65_HS1-834228961_62-HQ-83894_Section_3
Agency: FBI
Page 4
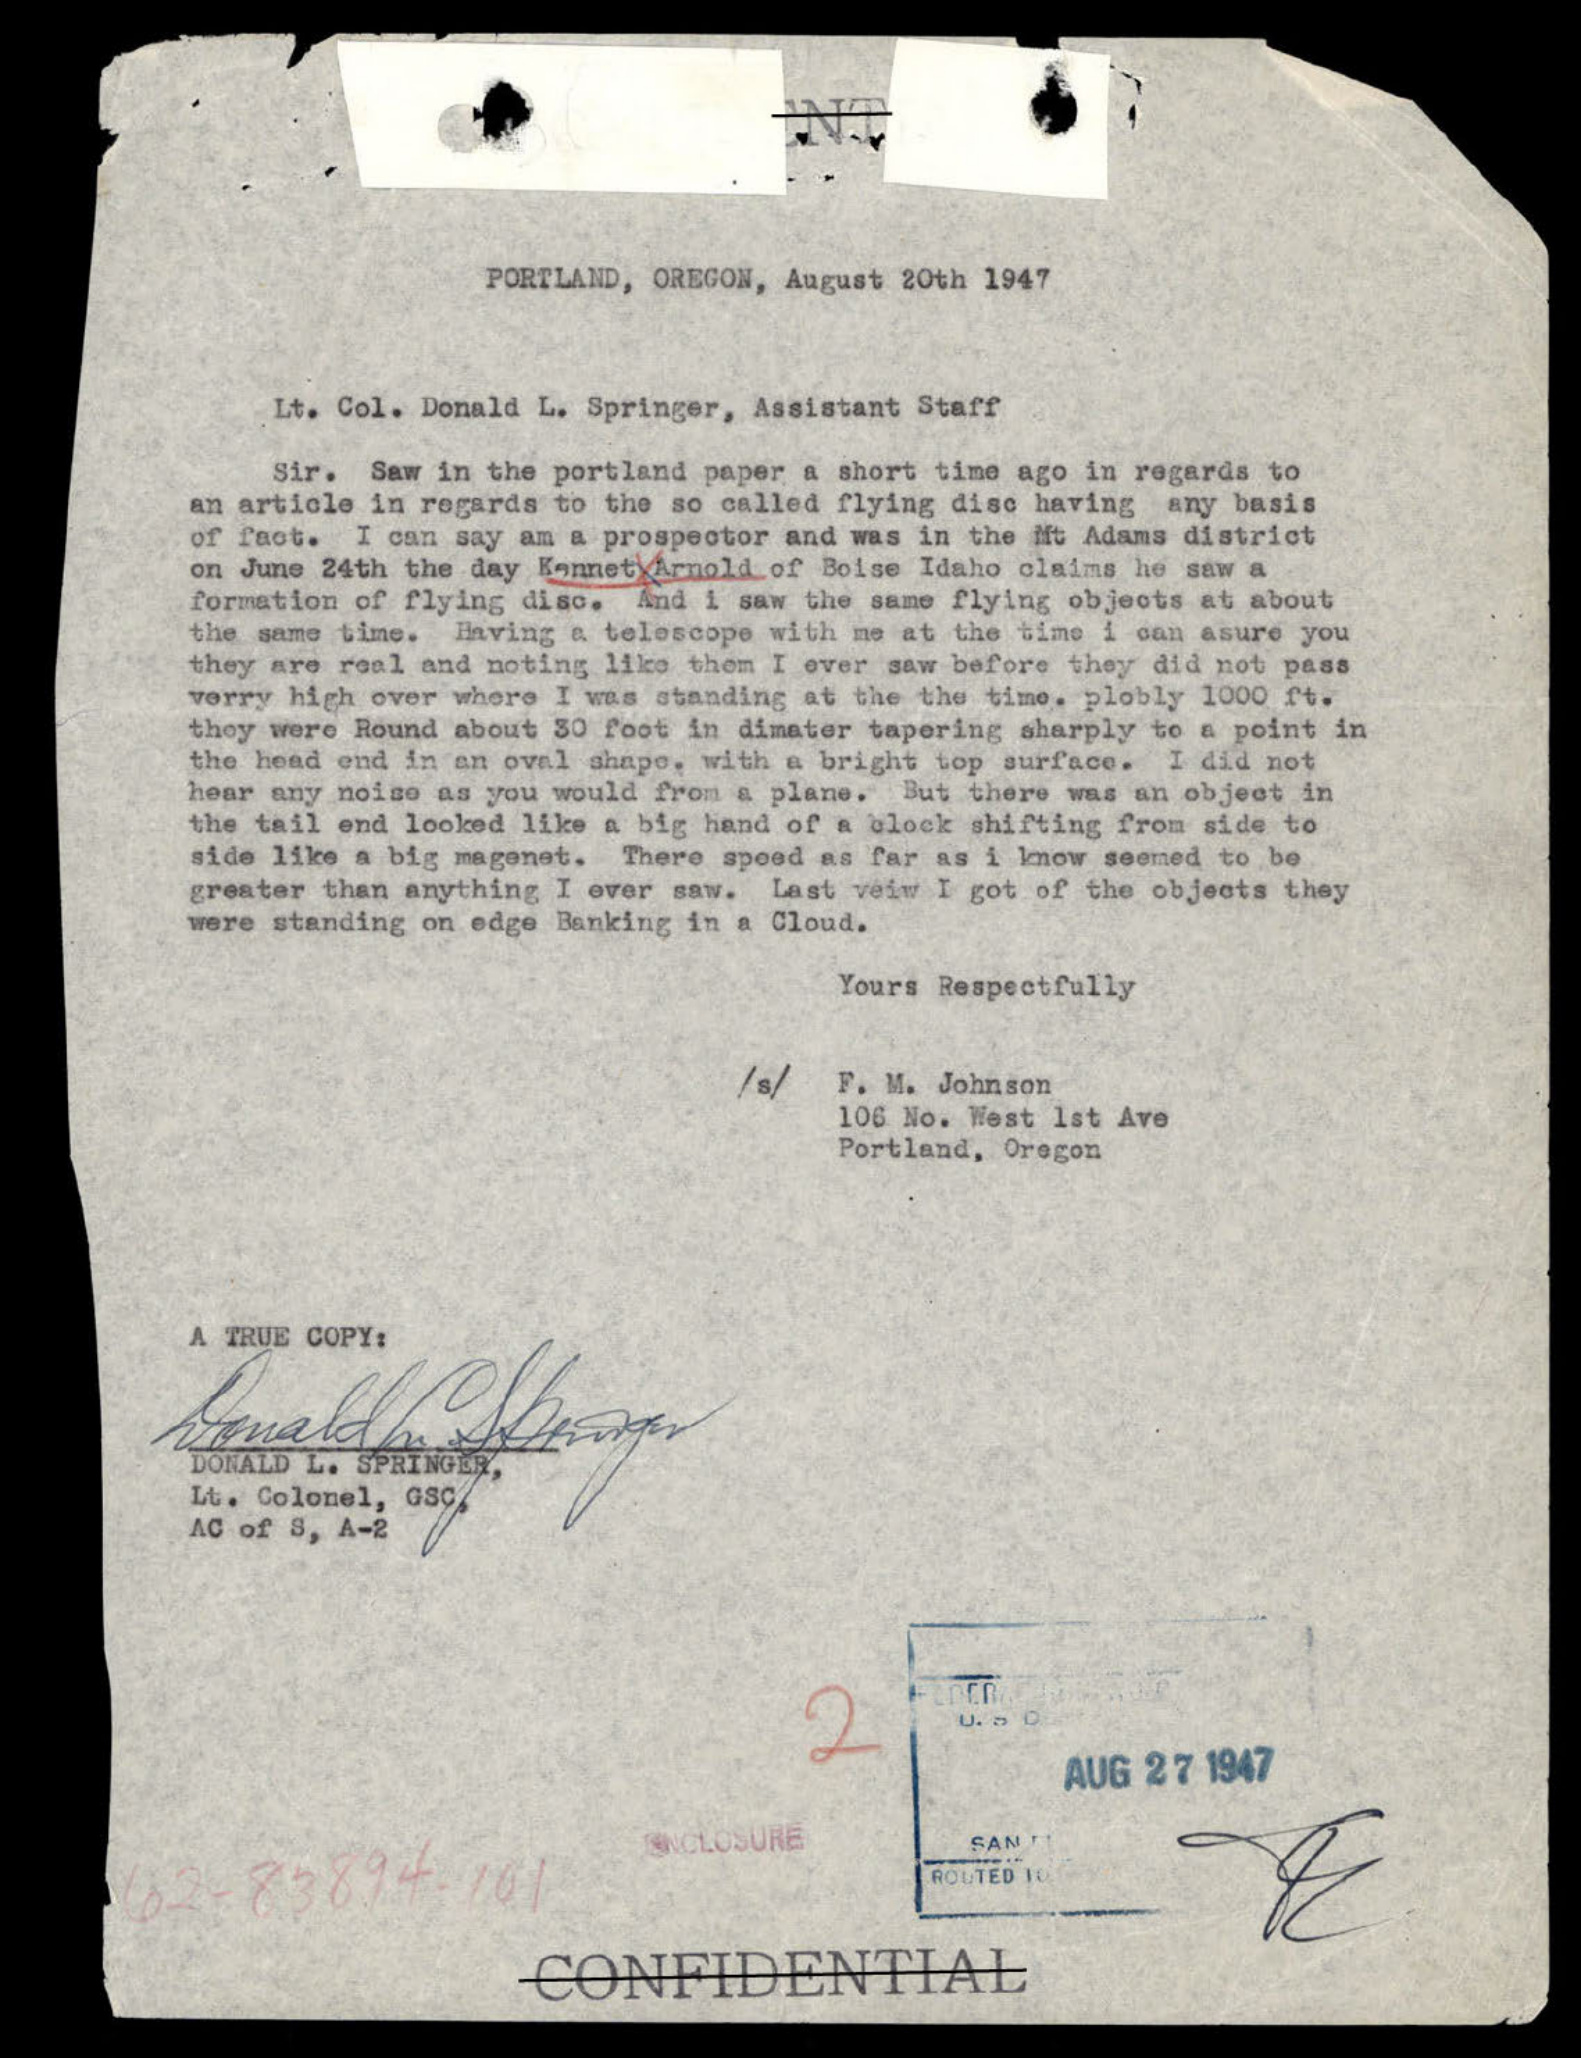